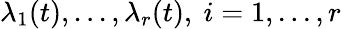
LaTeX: \lambda_{1}(t),...,\lambda_{r}(t),~i=1,...,r